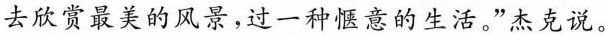
去欣赏最美的风景，过一种惬意的生活。”杰克说。